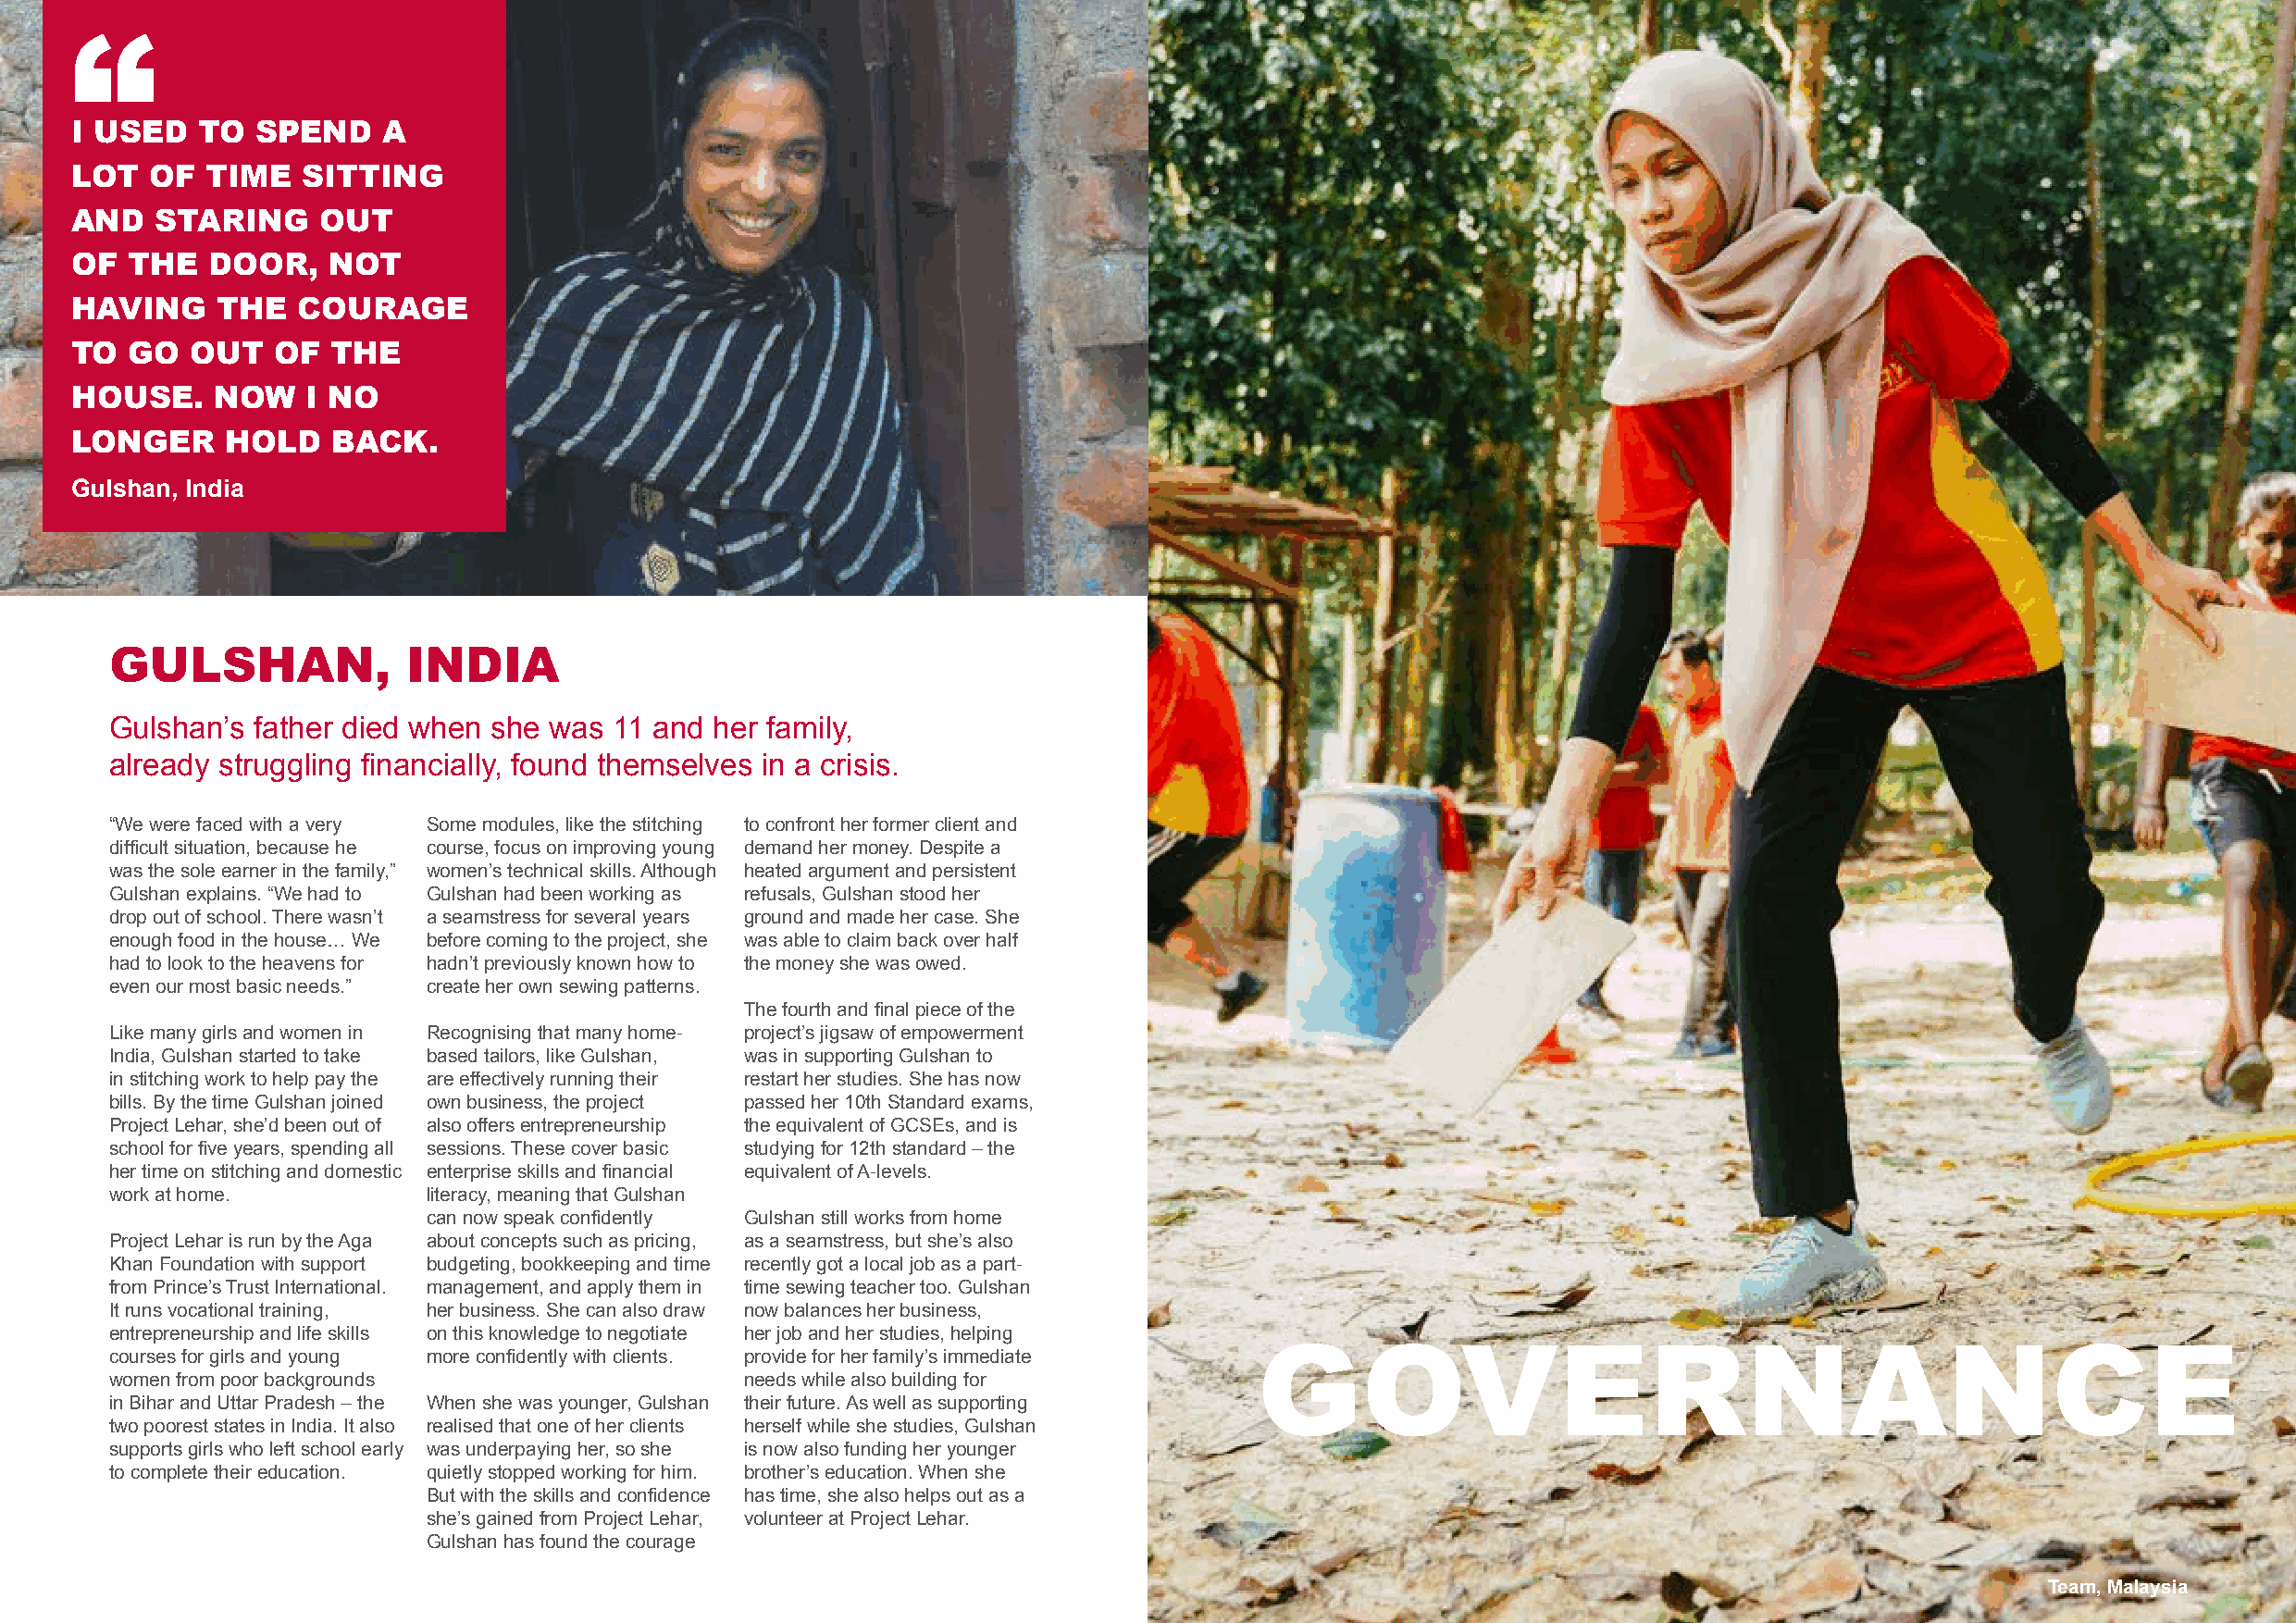
“
 I USED   TO  SPEND    A
 LOT   OF  TIME   SITTING
 AND   STARING     OUT
 OF  THE   DOOR,    NOT
 HAVING     THE  COURAGE
 TO  GO   OUT   OF  THE
 HOUSE.    NOW    I NO
 LONGER     HOLD    BACK.
 Gulshan, India
 GULSHAN,             INDIA
 Gulshan’s father died when she was  11 and her family,
 already struggling financially, found themselves in a crisis.
 “We were faced with a very Some modules, like the stitching to confront her former client and
 difficult situation, because he course, focus on improving young demand her money. Despite a
 was the sole earner in the family,” women’s technical skills. Although heated argument and persistent
 Gulshan explains. “We had to Gulshan had been working as refusals, Gulshan stood her
 drop out of school. There wasn’t a seamstress for several years ground and made her case. She
 enough food in the house… We before coming to the project, she was able to claim back over half
 had to look to the heavens for hadn’t previously known how to the money she was owed.
 even our most basic needs.” create her own sewing patterns.
 The fourth and final piece of the
 Like many girls and women in Recognising that many home- project’s jigsaw of empowerment
 India, Gulshan started to take based tailors, like Gulshan, was in supporting Gulshan to
 in stitching work to help pay the are effectively running their restart her studies. She has now
 bills. By the time Gulshan joined own business, the project passed her 10th Standard exams,
 Project Lehar, she’d been out of also offers entrepreneurship the equivalent of GCSEs, and is
 school for five years, spending all sessions. These cover basic studying for 12th standard – the
 her time on stitching and domestic enterprise skills and financial equivalent of A-levels.
 work at home.          literacy, meaning that Gulshan
 can now speak confidently Gulshan still works from home
 Project Lehar is run by the Aga about concepts such as pricing, as a seamstress, but she’s also
 Khan Foundation with support budgeting, bookkeeping and time recently got a local job as a part-
 from Prince’s Trust International. management, and apply them in time sewing teacher too. Gulshan
 It runs vocational training, her business. She can also draw now balances her business,
 entrepreneurship and life skills on this knowledge to negotiate her job and her studies, helping
 courses for girls and young more confidently with clients. provide for her family’s immediate GOVERNANCE
 women from poor backgrounds                  needs while also building for
 in Bihar and Uttar Pradesh – the When she was younger, Gulshan their future. As well as supporting
 two poorest states in India. It also realised that one of her clients herself while she studies, Gulshan
 supports girls who left school early was underpaying her, so she is now also funding her younger
 to complete their education. quietly stopped working for him. brother’s education. When she
 But with the skills and confidence has time, she also helps out as a
 Team Programme, Barbados
 she’s gained from Project Lehar, volunteer at Project Lehar.
 Gulshan has found the courage
 Team, Malaysia